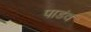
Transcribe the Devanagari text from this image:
पाडंव